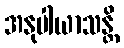
အနုပါယာသန္တိ